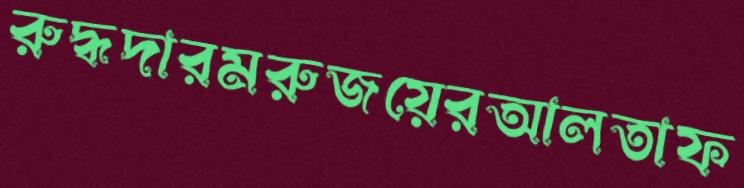
রুদ্ধদারমরুজয়েরআলতাফ